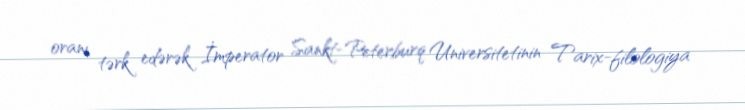
oranı tərk edərək İmperator Sankt-Peterburq Universitetinin Tarix-filologiya